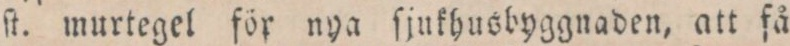
ſt. murtegel för nya ſjukhusbyggnaden, att få